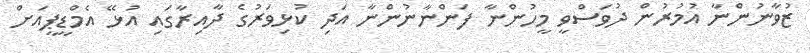
ޒުވާނުންނާ އުމުރުން ދުވަސްވީ މީހުންނާ ފަންނާނުންނާ އަދި ކުޅިވަރުގެ ދާއިރާގައި އުޅޭ އެމްޑީޕީއަށް